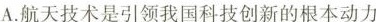
A.航天技术是引领我国科技创新的根本动力